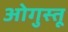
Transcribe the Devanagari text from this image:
ओगुस्तू